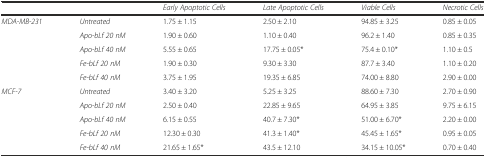
<table><thead><tr><td></td><td></td><td><b><i>Early Apoptotic Cells</i></b></td><td><b><i>Late Apoptotic Cells</i></b></td><td><b><i>Viable Cells</i></b></td><td><b><i>Necrotic Cells</i></b></td></tr></thead><tbody><tr><td rowspan="5"><i>MDA-MB-231</i></td><td><i>Untreated</i></td><td>1.75 ± 1.15</td><td>2.50 ± 2.10</td><td>94.85 ± 3.25</td><td>0.85 ± 0.05</td></tr><tr><td><i>Apo-bLf 20 nM</i></td><td>1.90 ± 0.60</td><td>1.10 ± 0.40</td><td>96.2 ± 1.40</td><td>0.85 ± 0.35</td></tr><tr><td><i>Apo-bLf 40 nM</i></td><td>5.55 ± 0.65</td><td>17.75 ± 0.05*</td><td>75.4 ± 0.10*</td><td>1.10 ± 0.5</td></tr><tr><td><i>Fe-bLf 20 nM</i></td><td>1.90 ± 0.30</td><td>9.30 ± 3.30</td><td>87.7 ± 3.40</td><td>1.10 ± 0.20</td></tr><tr><td><i>Fe-bLf 40 nM</i></td><td>3.75 ± 1.95</td><td>19.35 ± 6.85</td><td>74.00 ± 8.80</td><td>2.90 ± 0.00</td></tr><tr><td rowspan="5"><i>MCF-7</i></td><td><i>Untreated</i></td><td>3.40 ± 3.20</td><td>5.25 ± 3.25</td><td>88.60 ± 7.30</td><td>2.70 ± 0.90</td></tr><tr><td><i>Apo-bLf 20 nM</i></td><td>2.50 ± 0.40</td><td>22.85 ± 9.65</td><td>64.95 ± 3.85</td><td>9.75 ± 6.15</td></tr><tr><td><i>Apo-bLf 40 nM</i></td><td>6.15 ± 0.55</td><td>40.7 ± 7.30*</td><td>51.00 ± 6.70*</td><td>2.20 ± 0.00</td></tr><tr><td><i>Fe-bLf 20 nM</i></td><td>12.30 ± 0.30</td><td>41.3 ± 1.40*</td><td>45.45 ± 1.65*</td><td>0.95 ± 0.05</td></tr><tr><td><i>Fe-bLf 40 nM</i></td><td>21.65 ± 1.65*</td><td>43.5 ± 12.10</td><td>34.15 ± 10.05*</td><td>0.70 ± 0.40</td></tr></tbody></table>